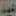
عيد